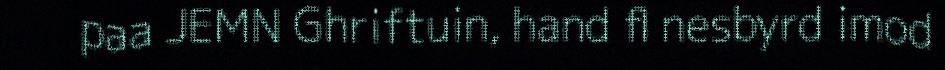
paa JEMN Ghriftuin, hand fl nesbyrd imod